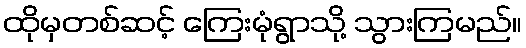
ထိုမှတစ်ဆင့် ကြေးမုံရွာသို့ သွားကြမည်။